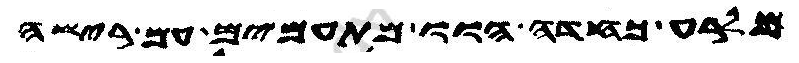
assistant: מלרע כחדה הוו מתעמים עם רישה